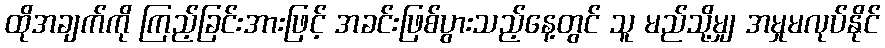
ထိုအချက်ကို ကြည့်ခြင်းအားဖြင့် အခင်းဖြစ်ပွားသည့်နေ့တွင် သူ မည်သို့မျှ အမှုမလုပ်နိုင်